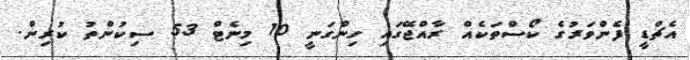
އެޗްޑީ ފެންވަރުގެ ކޯސްތަކެއް ރާއްޖޭގައި ހިންގަނީ 10 މިނެޓް 53 ސިކުންތު ކުރިން.